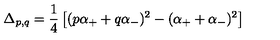
\Delta _ { p , q } = { \frac { 1 } { 4 } } \left[ ( p \alpha _ { + } + q \alpha _ { - } ) ^ { 2 } - ( \alpha _ { + } + \alpha _ { - } ) ^ { 2 } \right]